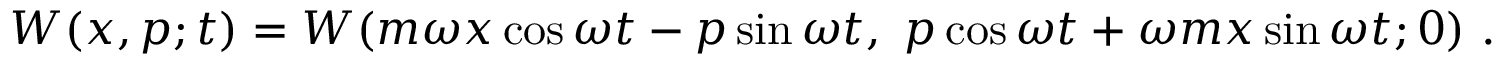
W ( x , p ; t ) = W ( m \omega x \cos \omega t - p \sin \omega t , ~ p \cos \omega t + \omega m x \sin \omega t ; 0 ) ~ .